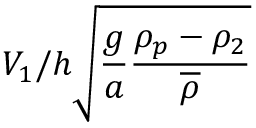
V _ { 1 } / h \sqrt { \frac { g } { a } \frac { \rho _ { p } - \rho _ { 2 } } { \overline { { \rho } } } }